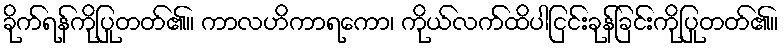
ခိုက်ရန်ကိုပြုတတ်၏။ ကာလဟိကာရကော၊ ကိုယ်လက်ထိပါငြင်းခုန်ခြင်းကိုပြုတတ်၏။